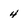
Character: 4